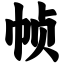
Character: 帧